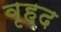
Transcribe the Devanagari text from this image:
वृह्द